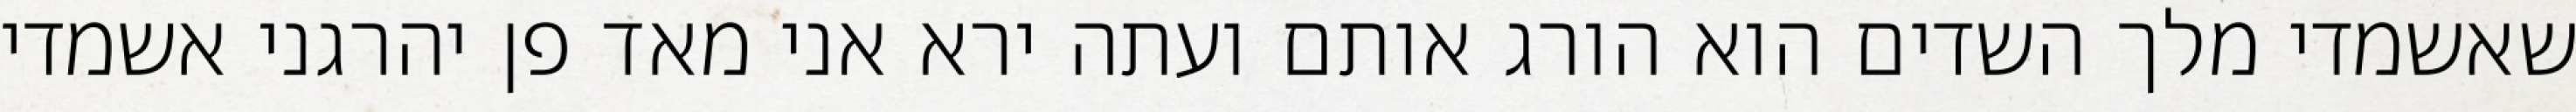
שאשמדי מלך השדים הוא הורג אותם ועתה ירא אני מאד פן יהרגני אשמדי